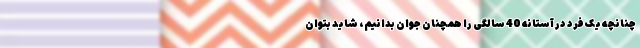
چنانچه یک فرد در آستانه 40 سالگی را همچنان جوان بدانیم، شاید بتوان